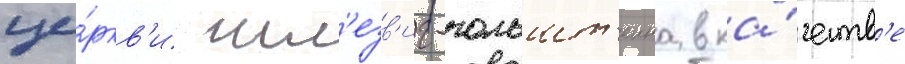
це́ркв'и шл'езв'иг-гольшт'еина в ка́честв'е